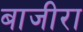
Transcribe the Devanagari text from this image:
बाजीरा